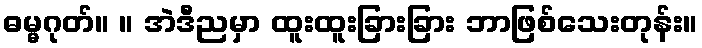
ဓမ္မဂုတ်။ ။ အဲဒီညမှာ ထူးထူးခြားခြား ဘာဖြစ်သေးတုန်း။